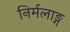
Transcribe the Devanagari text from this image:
निर्मलाङ्ग